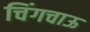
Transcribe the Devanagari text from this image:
चिंगचाऊ